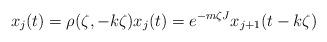
LaTeX: \begin{align*}x_{j}(t)=\rho(\zeta,-k\zeta)x_{j}(t)=e^{-m\zeta J}x_{j+1}(t-k\zeta)\end{align*}